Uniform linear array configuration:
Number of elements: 12
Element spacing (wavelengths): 1
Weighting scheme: binomial
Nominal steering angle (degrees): -60
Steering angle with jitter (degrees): -61.129
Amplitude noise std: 0.05
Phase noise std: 0.05

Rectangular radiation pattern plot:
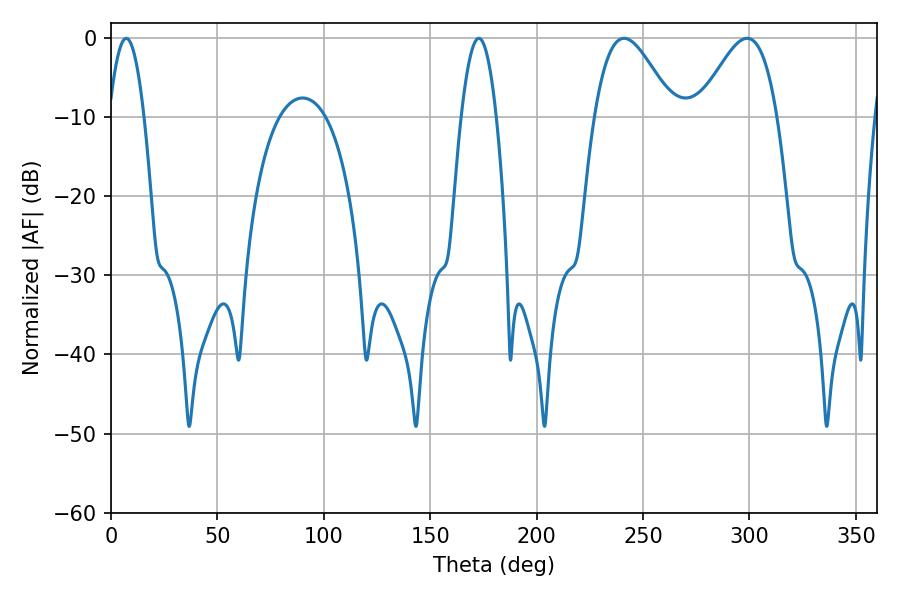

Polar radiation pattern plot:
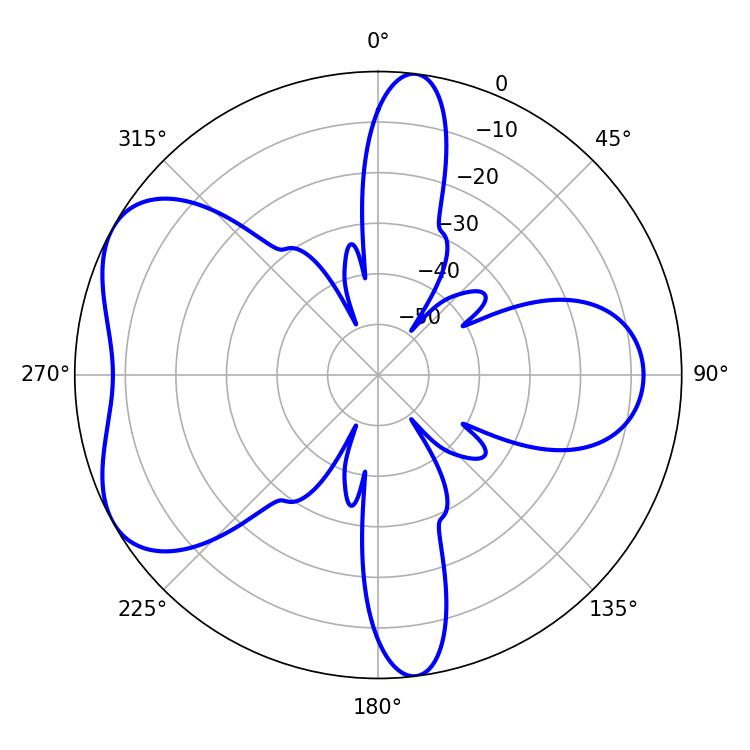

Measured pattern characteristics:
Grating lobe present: TRUE
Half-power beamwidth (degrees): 19.62
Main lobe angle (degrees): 241.02